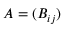
A = ( B _ { i j } )